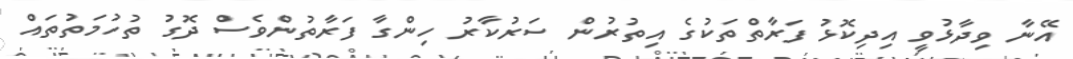
އޭނާ ވިދާޅުވީ އިދިކޮޅު ފަރާތްތަކުގެ އިތުރުން ސަރުކާރު ހިންގާ ފަރާތުންވެސް ދޮގު ތުހުމަތުތައް